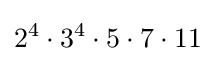
2^{4}\cdot 3^{4}\cdot 5\cdot 7\cdot 11